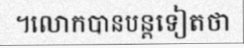
។លោកបានបន្តទៀតថា